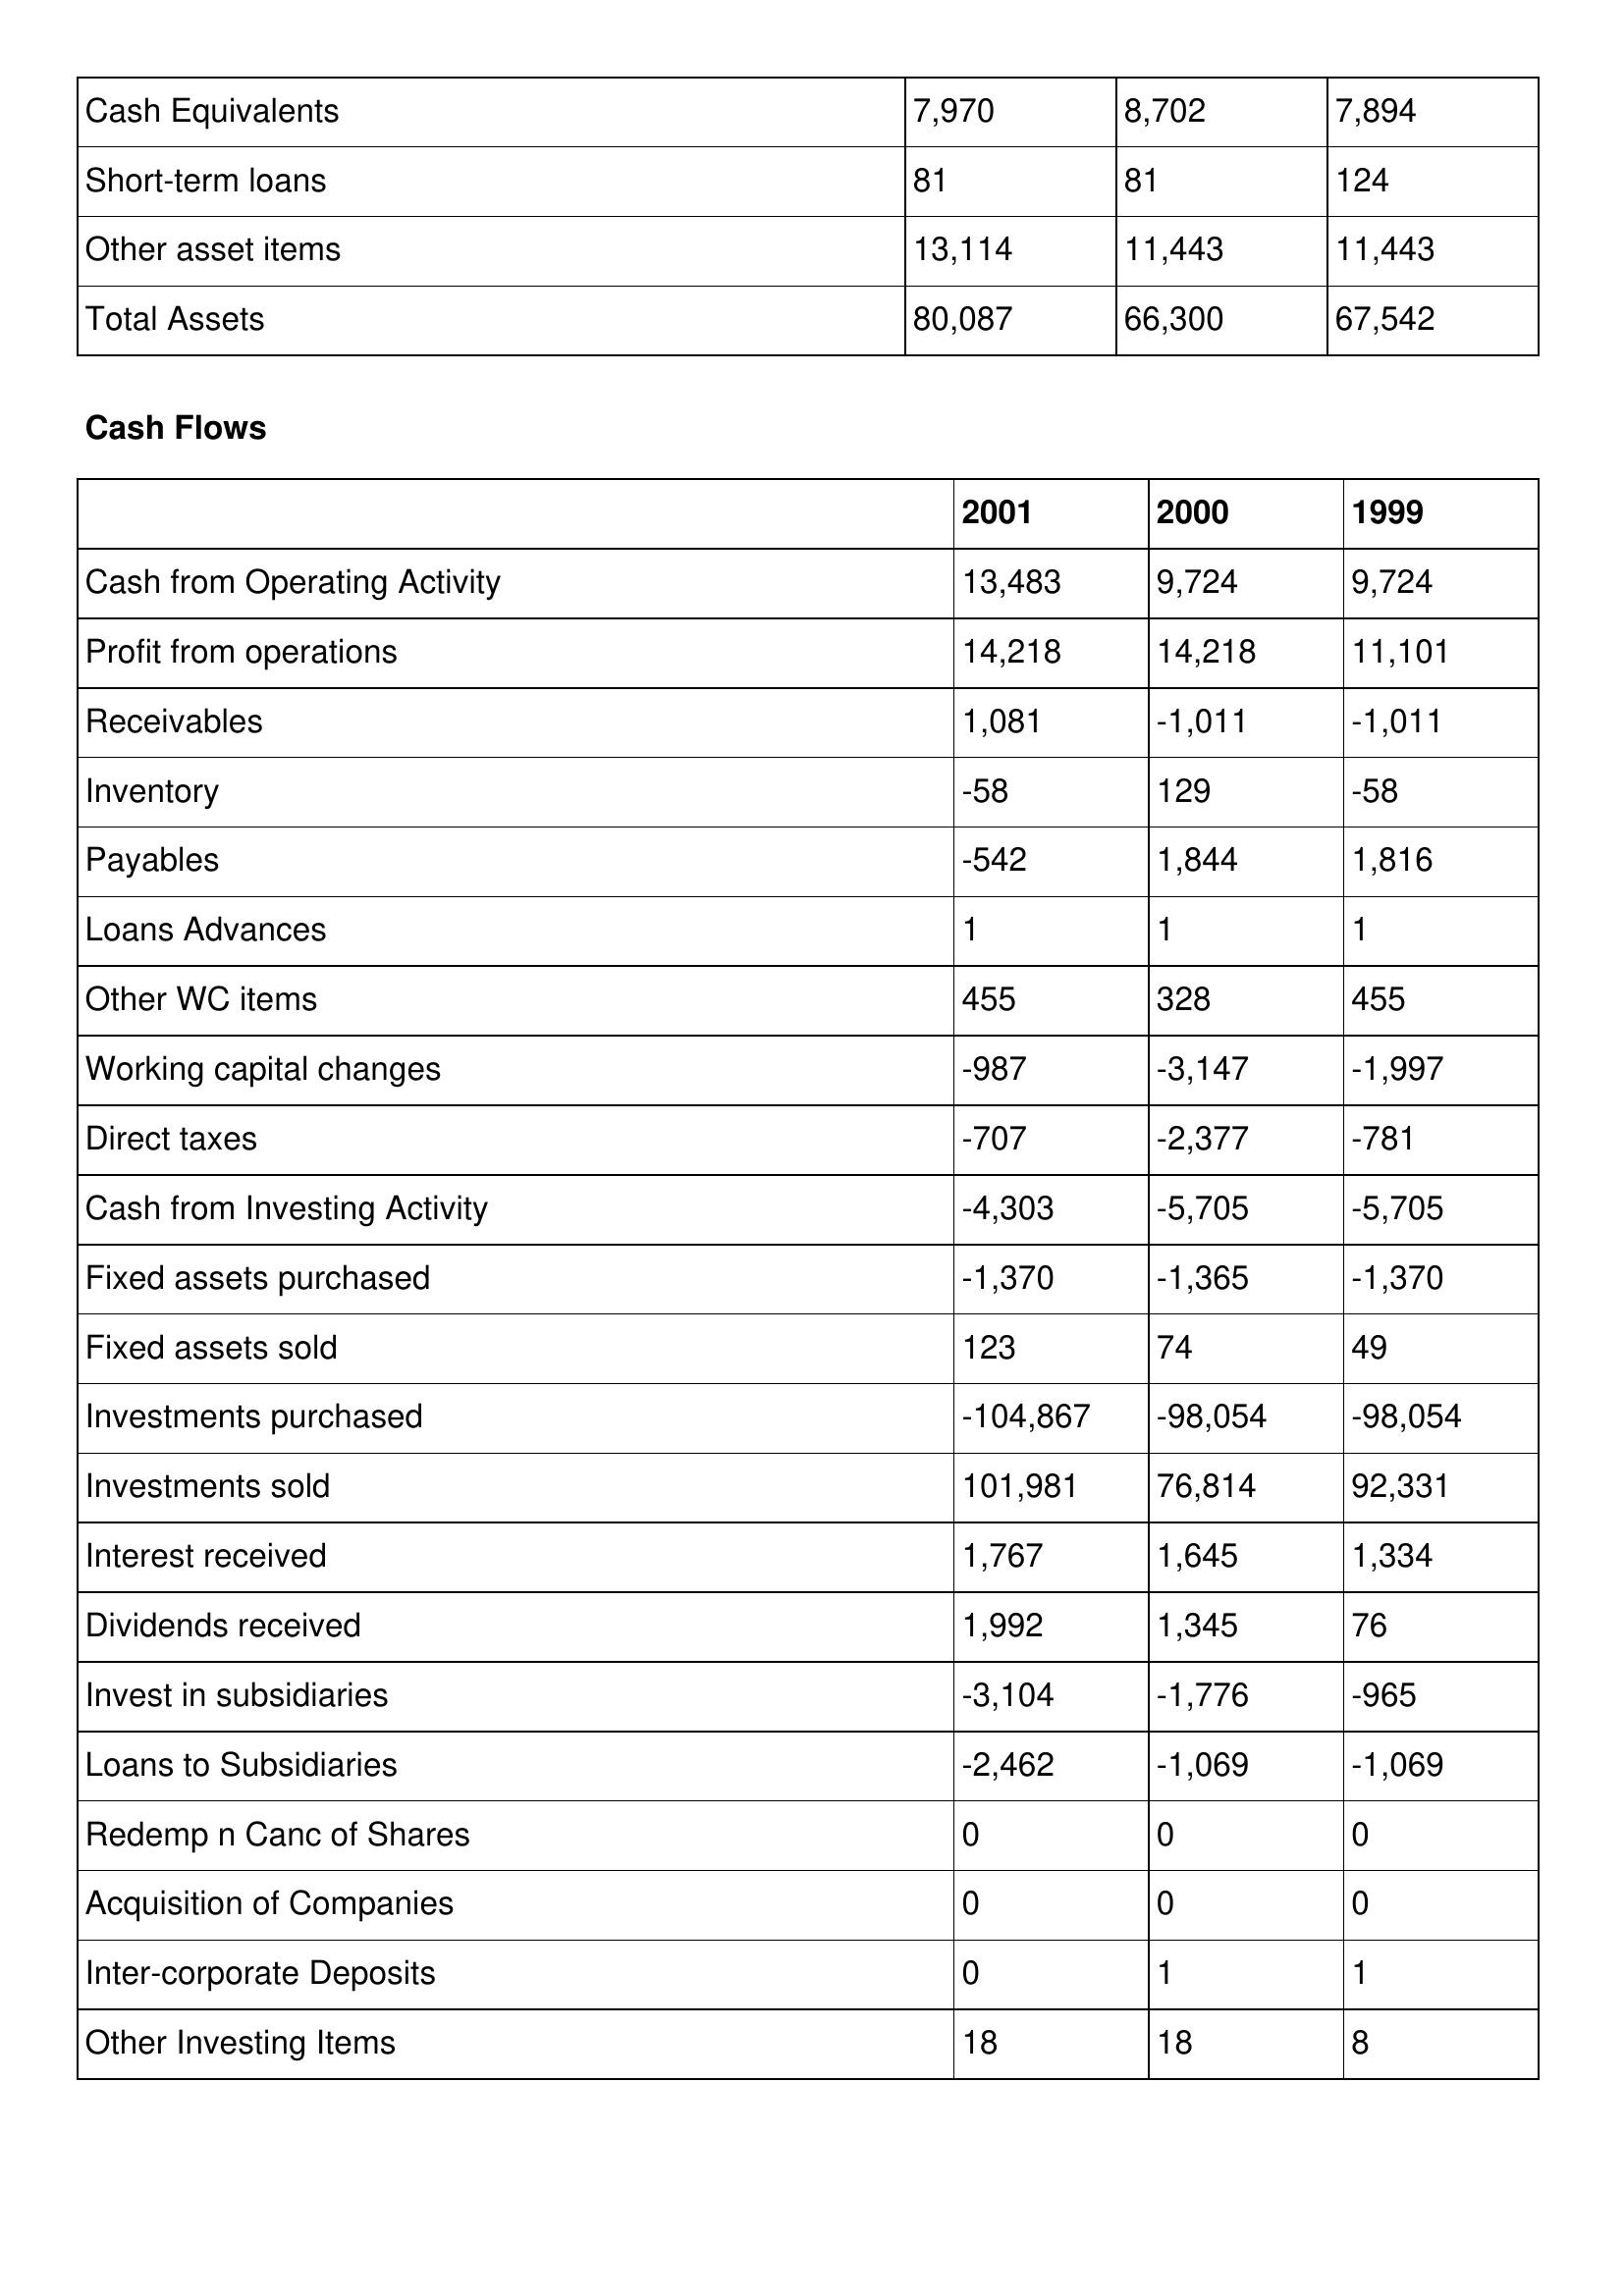
gt_parse: 2001: Balance Sheet: Cash Equivalents: 7,970
Short-term loans: 81
Other asset items: 13,114
Total Assets: 80,087
Cash Flows: Cash from Operating Activity: 13,483
Profit from operations: 14,218
Receivables: 1,081
Inventory: -58
Payables: -542
Loans Advances: 1
Other WC items: 455
Working capital changes: -987
Direct taxes: -707
Cash from Investing Activity: -4,303
Fixed assets purchased: -1,370
Fixed assets sold: 123
Investments purchased: -104,867
Investments sold: 101,981
Interest received: 1,767
Dividends received: 1,992
Invest in subsidiaries: -3,104
Loans to Subsidiaries: -2,462
Redemp n Canc of Shares: 0
Acquisition of Companies: 0
Inter-corporate Deposits: 0
Other Investing Items: 18
2000: Balance Sheet: Cash Equivalents: 8,702
Short-term loans: 81
Other asset items: 11,443
Total Assets: 66,300
Cash Flows: Cash from Operating Activity: 9,724
Profit from operations: 14,218
Receivables: -1,011
Inventory: 129
Payables: 1,844
Loans Advances: 1
Other WC items: 328
Working capital changes: -3,147
Direct taxes: -2,377
Cash from Investing Activity: -5,705
Fixed assets purchased: -1,365
Fixed assets sold: 74
Investments purchased: -98,054
Investments sold: 76,814
Interest received: 1,645
Dividends received: 1,345
Invest in subsidiaries: -1,776
Loans to Subsidiaries: -1,069
Redemp n Canc of Shares: 0
Acquisition of Companies: 0
Inter-corporate Deposits: 1
Other Investing Items: 18
1999: Balance Sheet: Cash Equivalents: 7,894
Short-term loans: 124
Other asset items: 11,443
Total Assets: 67,542
Cash Flows: Cash from Operating Activity: 9,724
Profit from operations: 11,101
Receivables: -1,011
Inventory: -58
Payables: 1,816
Loans Advances: 1
Other WC items: 455
Working capital changes: -1,997
Direct taxes: -781
Cash from Investing Activity: -5,705
Fixed assets purchased: -1,370
Fixed assets sold: 49
Investments purchased: -98,054
Investments sold: 92,331
Interest received: 1,334
Dividends received: 76
Invest in subsidiaries: -965
Loans to Subsidiaries: -1,069
Redemp n Canc of Shares: 0
Acquisition of Companies: 0
Inter-corporate Deposits: 1
Other Investing Items: 8